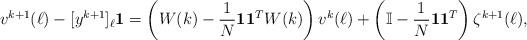
LaTeX: \begin{align*}v^{k+1}(\ell) - [y^{k+1}]_\ell\mathbf{1} = \left(W(k)-\frac{1}{N}\mathbf{1}\mathbf{1}^TW(k)\right) v^k(\ell) + \left(\mathbb{I}- \frac{1}{N}\mathbf{1}\mathbf{1}^T \right)\zeta^{k+1}(\ell),\end{align*}